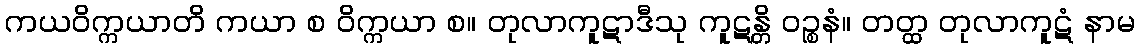
ကယဝိက္ကယာတိ ကယာ စ ဝိက္ကယာ စ။ တုလာကူဋာဒီသု ကူဋန္တိ ဝဉ္စနံ။ တတ္ထ တုလာကူဋံ နာမ